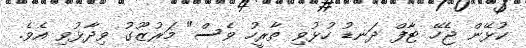
ކުޅޭން ޖެހޭ ޓާފް ދަނޑު ހުޅުވި ތާރީހު ވެސް" މަރުޒޫގު ވިދާޅުވި އެވެ.